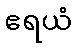
ဧရယံ